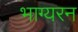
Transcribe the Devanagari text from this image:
भाग्यरन